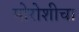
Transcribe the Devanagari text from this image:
मोरोशीचा